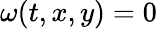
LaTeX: \omega(t,x,y)=0